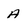
Character: a